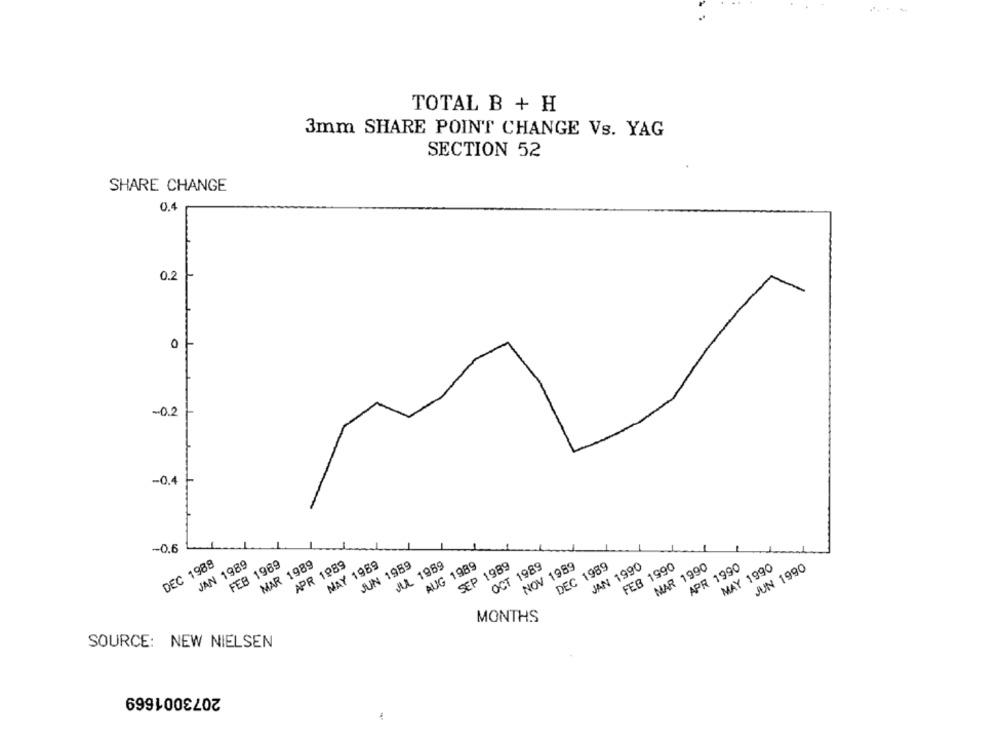
TOTAL B + H
3mm SHARE POINT CHANGE Vs. YAG
SECTION 52
SHARE CHANGE
0.4
0.2
0
-0.2
-0.4
-0.6
DEC 1988
JAN 1989
FEB 1989
MAR 1989
APR 1989
MAY 1989
JUN 1989
MA 1969
AUG 1989
SEP 1989
OCT 1989
NOV 1989
DEC 1989
JAN 1990
FEB 1990
MAR 1990
APR 1990
MAY 1990
JUN 1990
MONTHS
SOURCE: NEW NIELSEN
2073001669